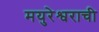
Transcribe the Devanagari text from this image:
मयुरेश्वराची